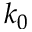
k _ { 0 }